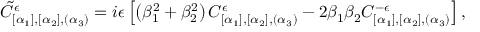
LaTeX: \tilde { C } _ { [ \alpha _ { 1 } ] , [ \alpha _ { 2 } ] , ( \alpha _ { 3 } ) } ^ { \epsilon } = i \epsilon \left[ \left( \beta _ { 1 } ^ { 2 } + \beta _ { 2 } ^ { 2 } \right) C _ { [ \alpha _ { 1 } ] , [ \alpha _ { 2 } ] , ( \alpha _ { 3 } ) } ^ { \epsilon } - 2 \beta _ { 1 } \beta _ { 2 } C _ { [ \alpha _ { 1 } ] , [ \alpha _ { 2 } ] , ( \alpha _ { 3 } ) } ^ { - \epsilon } \right] ,